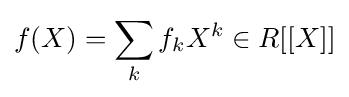
f(X)=\sum _{k}f_{k}X^{k}\in R[[X]]